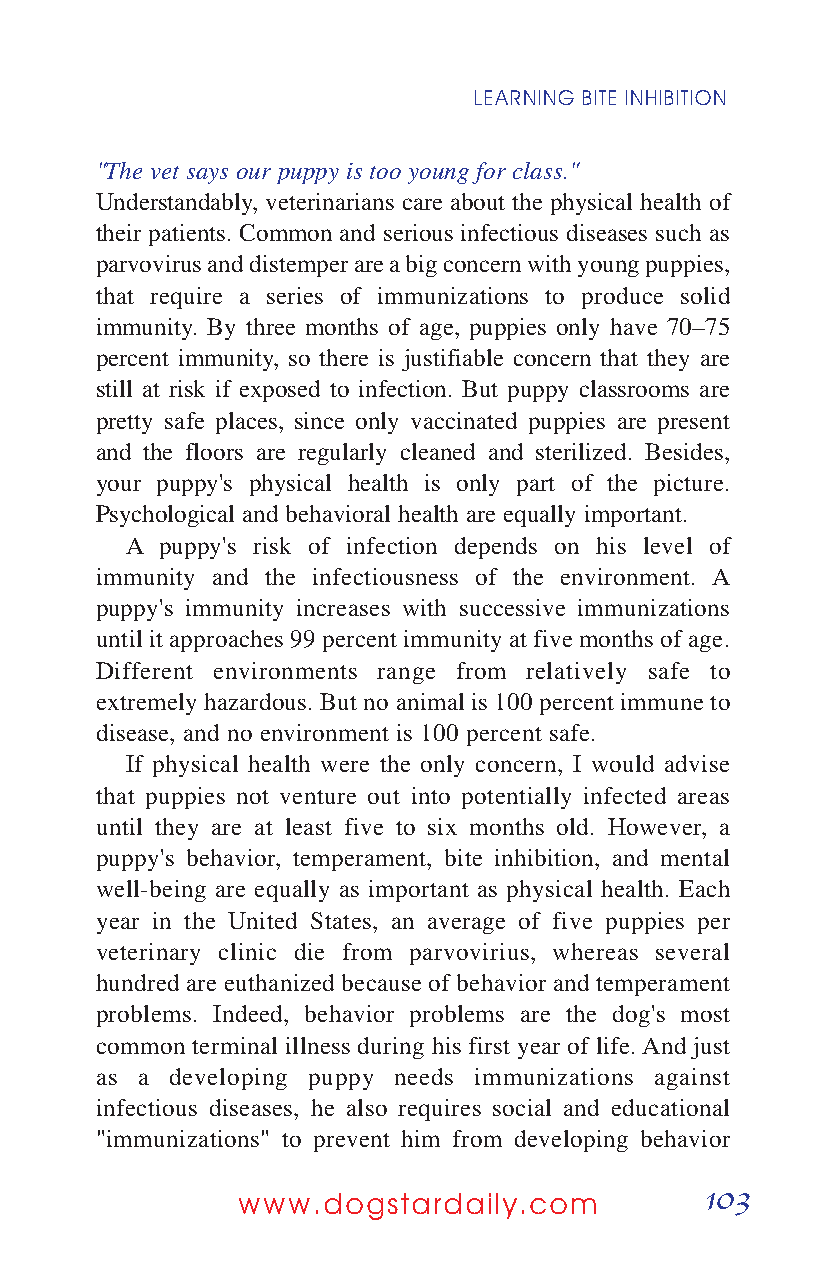
LEARNING BITE INHIBITION
 "The vet says our puppy is too young for class."
 Understandably, veterinarians care about the physical health of
 their patients. Common and serious infectious diseases such as
 parvovirus and distemper are a big concern with young puppies,
 that require a series of immunizations to produce solid
 immunity. By three months of age, puppies only have 70–75
 percent immunity, so there is justifiable concern that they are
 still at risk if exposed to infection. But puppy classrooms are
 pretty safe places, since only vaccinated puppies are present
 and the floors are regularly cleaned and sterilized. Besides,
 your puppy's physical health is only part of the picture.
 Psychological and behavioral health are equally important.
 A  puppy's risk of infection depends on his level of
 immunity and the infectiousness of the environment. A
 puppy's immunity increases with successive immunizations
 until it approaches 99 percent immunity at five months of age.
 Different environments range from relatively safe to
 extremely hazardous. But no animal is 100 percent immune to
 disease, and no environment is 100 percent safe.
 If physical health were the only concern, I would advise
 that puppies not venture out into potentially infected areas
 until they are at least five to six months old. However, a
 puppy's behavior, temperament, bite inhibition, and mental
 well-being are equally as important as physical health. Each
 year in the United States, an average of five puppies per
 veterinary clinic die from parvovirius, whereas several
 hundred are euthanized because of behavior and temperament
 problems. Indeed, behavior problems are the dog's most
 common terminal illness during his first year of life. And just
 as a developing puppy needs immunizations against
 infectious diseases, he also requires social and educational
 "immunizations" to prevent him from developing behavior
 103
 www.dogstardaily.com